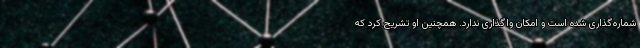
شماره‌گذاری شده است و امکان واگذاری ندارد. همچنین او تشریح کرد که